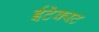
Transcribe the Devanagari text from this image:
ईटेक्स्ट